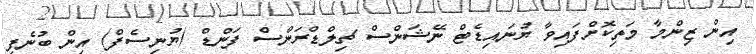
އިން ޒިންމާ މަތިކޮށްފައިވާ ޔުނައިޑެޓް ނޭޝަންސް ޗިލްޑްރަންސް ފަންޑް (ޔުނިސެފް) އިން ބުނެފި